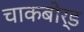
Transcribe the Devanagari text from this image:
चाकबोर्ड